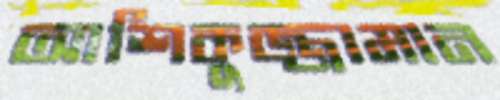
আশিকুজ্জামান